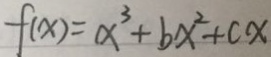
f ( x ) = x ^ { 3 } + b x ^ { 2 } + c x